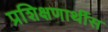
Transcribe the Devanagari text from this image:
प्रशिक्षणार्थीस